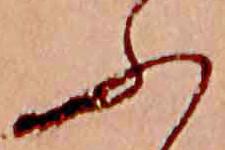
ふ